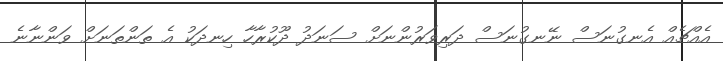
އެއްޗެއް އެނގުނަސް ނޭނގުނަސް ދަރިވަރުންނަށް ސަނަދު ދޫކުރާހާ ހިނދަކު އެ ތަންތަނަށް ވަންނާނެ